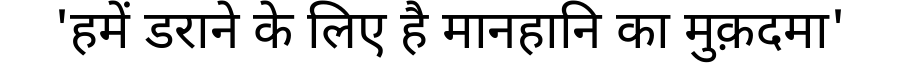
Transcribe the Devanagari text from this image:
'हमें डराने के लिए है मानहानि का मुक़दमा'